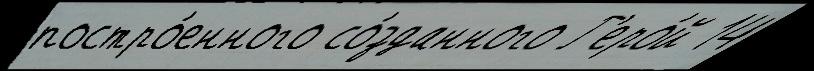
постро́енного со́зданного Г'еро́й 14